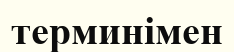
терминімен